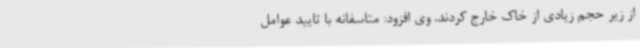
از زیر حجم زیادی از خاک خارج کردند. وی افزود: متاسفانه با تایید عوامل